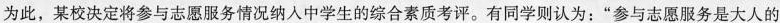
为此，某校决定将参与志愿服务情况纳人中学生的综合素质考评。有同学则认为：”参与志愿服务是大人的